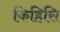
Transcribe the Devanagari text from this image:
किहिसि